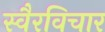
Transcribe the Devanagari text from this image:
स्वैरविचार